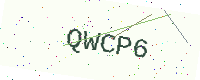
Text: QWCP6